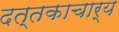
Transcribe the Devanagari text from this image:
दत्तकाचार्य